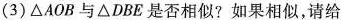
(3)\triangle AOB与\triangle DBE是否相似?如果相似，请给